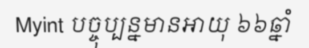
Myint បច្ចុប្បន្នមានអាយុ ៦៦ឆ្នាំ